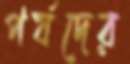
পর্যদের